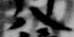
八